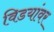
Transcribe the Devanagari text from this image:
विडयांवर